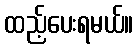
ထည့်ပေးရမယ်။